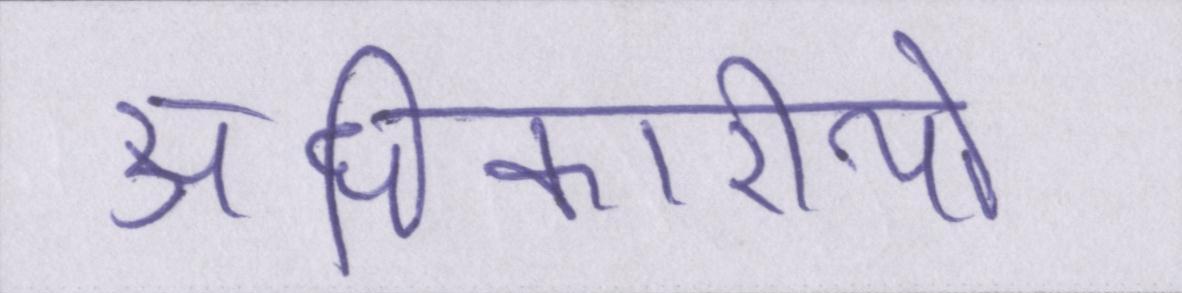
अधिकारीयों